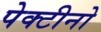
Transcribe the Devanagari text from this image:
पेक्टीनो